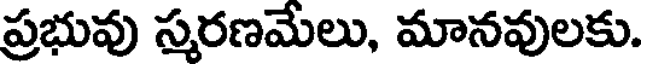
ప్రభువు స్మరణమేలు, మానవులకు.